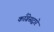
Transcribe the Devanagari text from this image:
काँग्रेसद्वारे